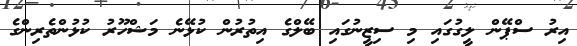
އިރު ސްޕޭން ލީގުގައި މި ސިޒީނުގައި ބޭލްގެ އިތުރުން ކުޅޭނެ މަޝްހޫރު ކުޅުންތެރިންގެ